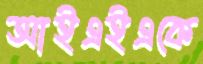
আইএইএকে